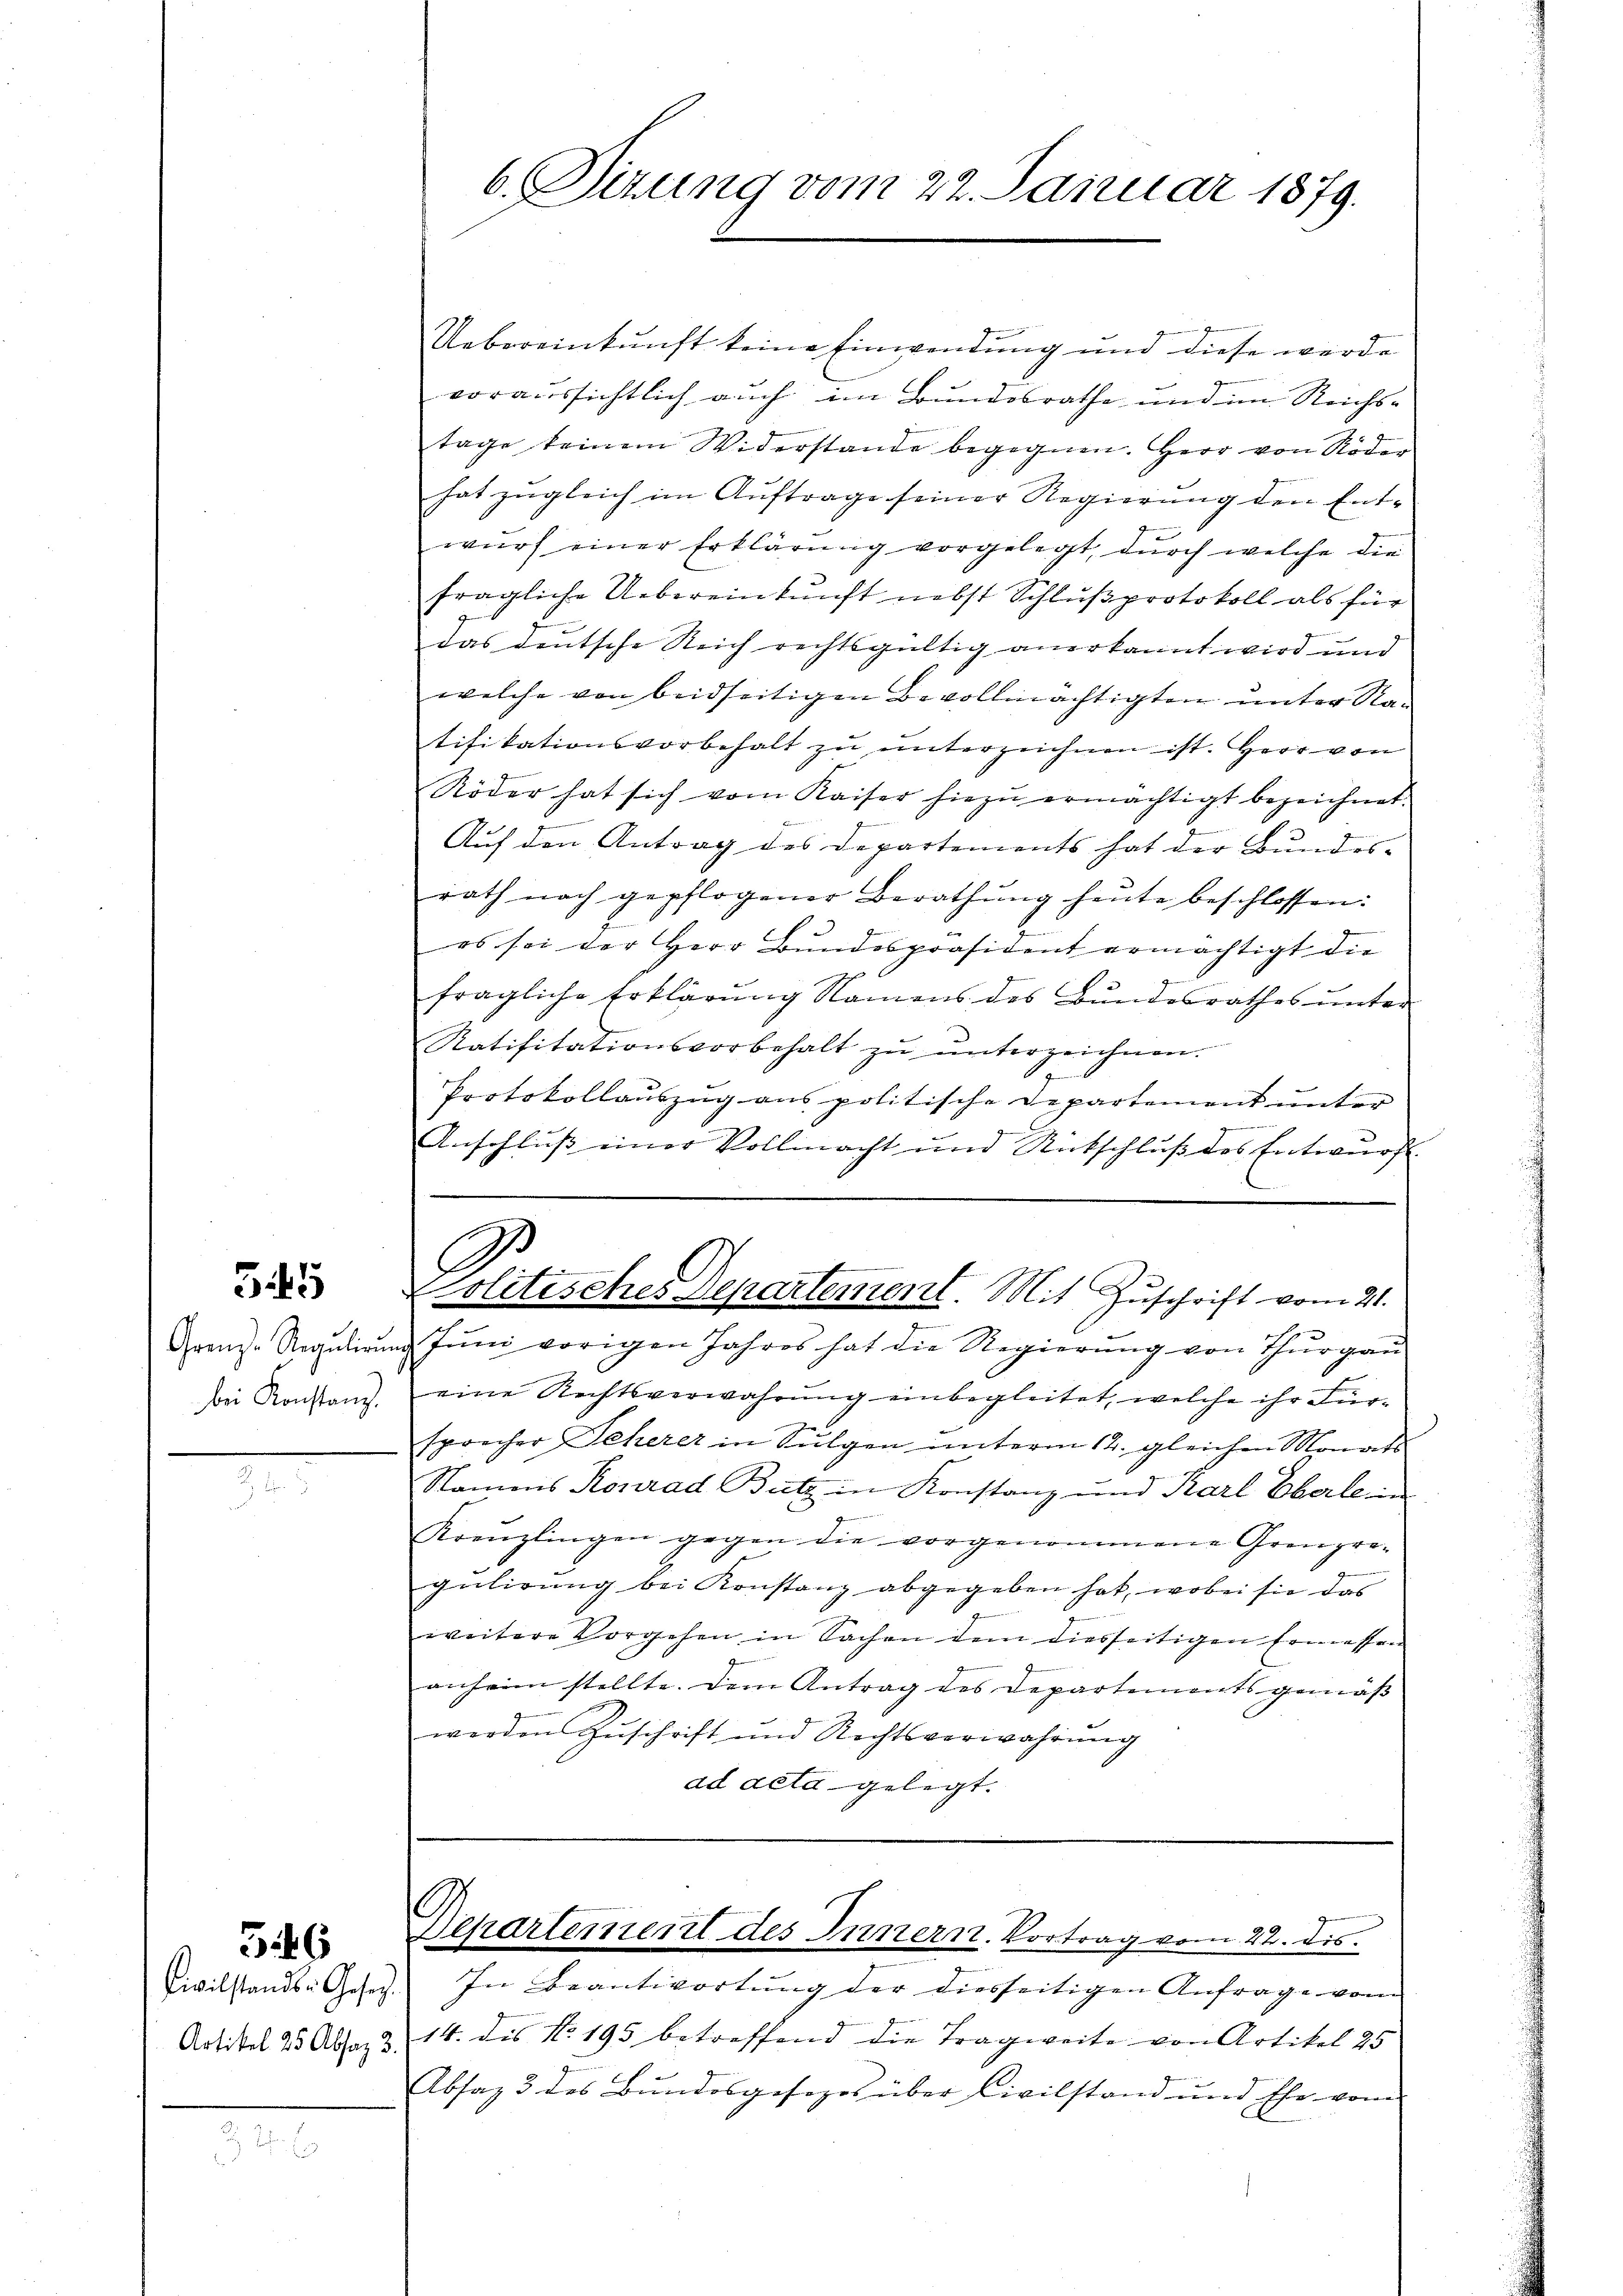
545

Grenz-Regulirun
bei Konstanz.

Artikel 25 Absaz 3.

546

6. Sizung vom 22. Januar 1879.

Uebereinkunft keine Einwendung und diese werde
voraussichtlich auch im Bundesrathe und im Reichstage keinem Widerstande begegnen. Herr von Röder
hat zugleich im Auftrage seiner Regierung den Ent-
wurf einer Erklärung vorgelegt, durch welche die
fragliche Uebereinkunft nebst Schlußprotokoll als für
das deutsche Reich rechtsgültig anerkannt wird und
welche von beidseitigen Bevollmächtigten unter Natifikationsvorbehalt zŭ ŭnterzeichnen ist. Herr von
Röder hat sich vom Kaiser hiezŭ ermächtigt bezeichnet.
Auf den Antrag des Departements hat der Bundes-
rath nach gepflogener Berathŭng heŭte beschlossen:
es sei der Herr Bundespräsident ermächtigt die
fragliche Erklärung Namens des Bundesrathes unter
Ratifitationsvorbehalt zŭ ŭnterzeichnen.
Protokollauszug aus politische Departement unter
Anschluß einer Vollmacht und Rückschluß des Entwurf
A
Politisches Departement. Mit Zuschrift vom 21.
ad Juni vorigen Jahres hat die Regierung von Thurgau
eine Rechtsverwahrung einbegleitet, welche ihr Fürsprecher Seherer in Sulgen unterm 12. gleichen Monats
Namens Konrad Butz in Konstanz und Karl Eberlen
Kreŭzlingen gegen die vorgenommene Grenpro-
gŭtirŭng bei Konstanz abgegeben hat, wobei sie das
weitere Vorgehen in Sachen dem diesseitigen Ermessen
anheim stellte. Dem Antrag des Departementsgemäß
werden Zŭschrift und Rechtsverwahrŭng
ad deta gelegt.

Departement des Innern. Vortrag vom 22. Dis

Civilstands- Gesetz. In Beantwortŭng der diesseitigen Anfrage vom
14. des No. 195 betreffend die Tragweite von Artikel 25
Absaz 3 des Bŭndesgesezes über Civilstand und Ehe vom